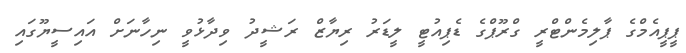
ޕީޕީއެމްގެ ޕާލިމެންޓްރީ ގްރޫޕްގެ ޑެޕިއުޓީ ލީޑަރު ރިޔާޒް ރަޝީދު ވިދާޅުވީ ނިހާނަށް އައިސީޔޫގައި